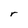
Character: r